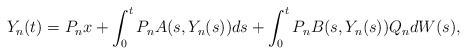
\begin{align*}Y_n(t) = P_n x +\int_0^t P_n A(s,Y_n(s))ds + \int_0^t P_n B(s,Y_n(s))Q_n dW(s),\end{align*}